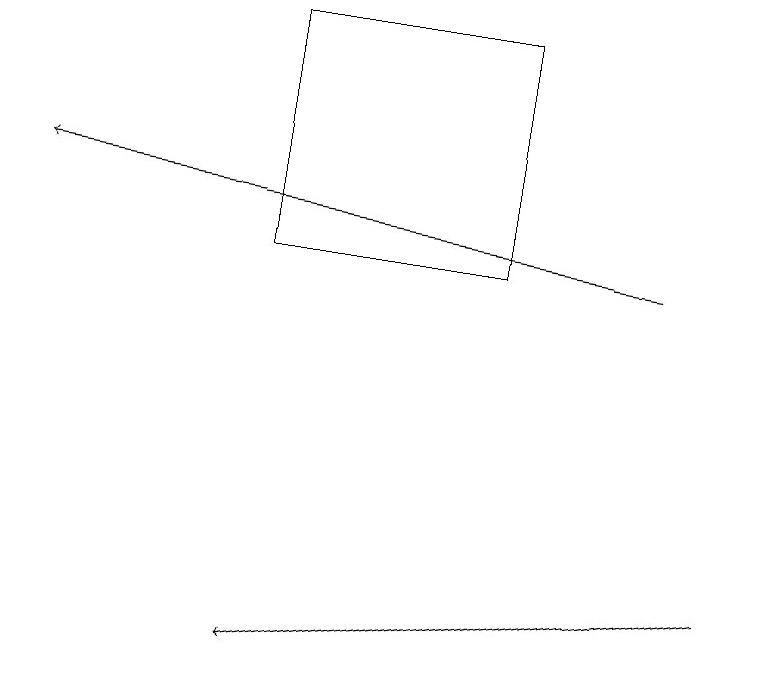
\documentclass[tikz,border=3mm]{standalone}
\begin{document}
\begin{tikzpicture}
\draw (3,15) rectangle (6,18);
\draw[->] (9,11) -- (3,10);
\draw[->] (8,15) -- (0,16);
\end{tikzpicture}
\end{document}